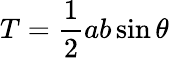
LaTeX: T={\frac{1}{2}}ab\sin\theta